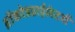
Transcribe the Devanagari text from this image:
ब्रोंकोडडाईलेटर्स